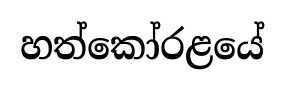
හත්කෝරළයේ